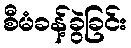
စီမံခန့်ခွဲခြင်း